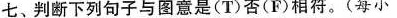
七、判断下列句子与图意是(T)否(F)相符.(每小